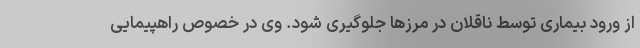
از ورود بیماری توسط ناقلان در مرزها جلوگیری شود. وی در خصوص راهپیمایی